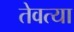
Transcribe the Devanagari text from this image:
तेवत्या